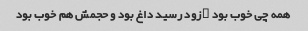
همه چی خوب بود …زود رسید داغ بود و حجمش هم خوب بود